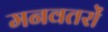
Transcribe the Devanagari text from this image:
मनवतरों